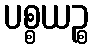
ပစ္စယဉ္စ